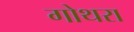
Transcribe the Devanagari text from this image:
गोथरा